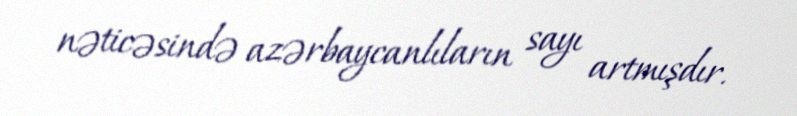
nəticəsində azərbaycanlıların sayı artmışdır.